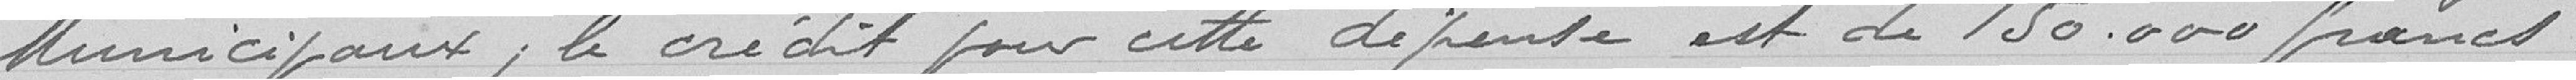
municipaux ; le crédit pour cette dépense est de 150.000 francs.